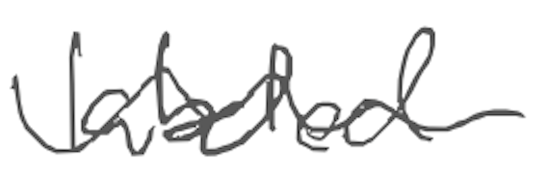
Text: labeled
Cross-out: wave
Writing tool: digital_gray